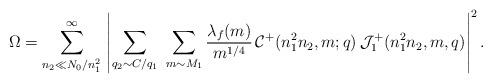
LaTeX: \begin{align*}\Omega = \sum_{n_{2}\ll N_0/n^2_1}^{\infty} \,\left|\displaystyle\sum_{q_2\sim C/q_1}\,\,\sum_{m \sim M_1} \frac{\lambda_f(m)}{m^{1/4}}\,\mathcal{C}^{+}(n^2_1n_2,m;q)\, \mathcal{J}^{+}_1(n^2_1n_2,m,q)\right|^2.\end{align*}